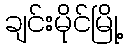
ချင်းမိုင်မြို့